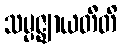
သမ္ပဇ္ဈာယတီတိ